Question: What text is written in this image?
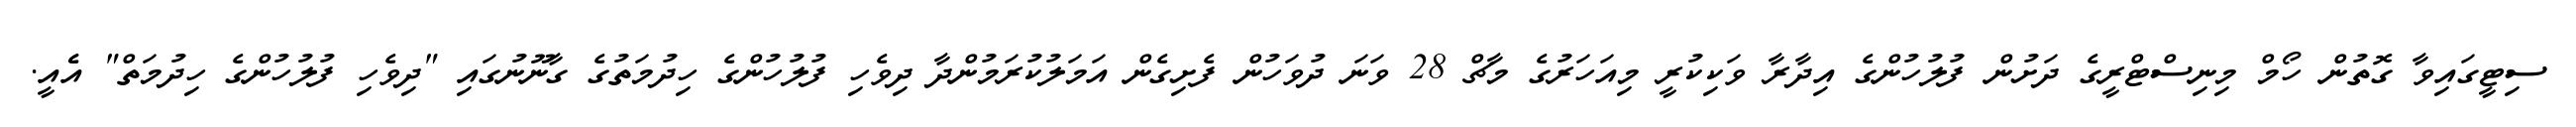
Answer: ސިޓީގައިވާ ގޮތުން ހޯމް މިނިސްޓްރީގެ ދަށުން ފުލުހުންގެ އިދާރާ ވަކިކުރީ މިއަހަރުގެ މާޗް 28 ވަނަ ދުވަހުން ފެށިގެން އަމަލުކުރަމުންދާ ދިވެހި ފުލުހުންގެ ހިދުމަތުގެ ގާނޫނުގައި "ދިވެހި ފުލުހުންގެ ހިދުމަތް" އެެއީ.